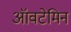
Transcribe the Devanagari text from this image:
ऑवटेमिन